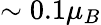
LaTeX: \sim 0.1\mu_{B}